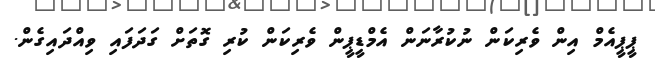
ޕީޕީއެމް އިން ވެރިކަން ނުކުރާނަން އެމްޑީޕީން ވެރިކަން ކުރި ގޮތަށް ގަދަފައި ވިއްދައިގެން.